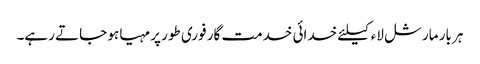
ہر بار مارشل لاء کیلئے خدائی خدمت گار فوری طور پر مہیا ہو جاتے رہے۔